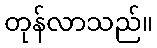
တုန်လာသည်။